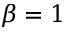
\beta = 1